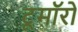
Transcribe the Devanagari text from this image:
टूमॉरो